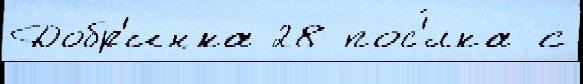
Добр'инка 28 пос'́лка с